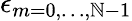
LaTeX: \epsilon_{m=0,\dots,\mathbb{N}-1}